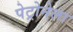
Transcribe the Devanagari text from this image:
पेट्रोनेला